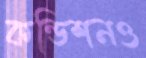
কন্ডিশনও